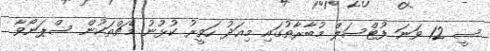
ސީ 12 ވަނަ ފުޓްސަލް މުބާރާތުގައި މިއަދު ހަވީރު ކުޅުނު މެޗްތަކުން ސްޕަނޯވާ